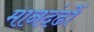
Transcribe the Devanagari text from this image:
मानदंढों